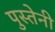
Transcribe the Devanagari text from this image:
पुस्‍तेनी